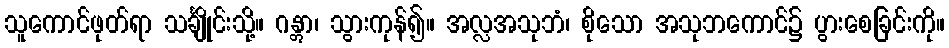
သူကောင်ဖုတ်ရာ သင်္ချိုင်းသို့။ ဂန္တွာ၊ သွားကုန်၍။ အလ္လအသုဘံ၊ စိုသော အသုဘကောင်၌ ပွားစေခြင်းကို။